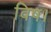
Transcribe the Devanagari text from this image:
विष।